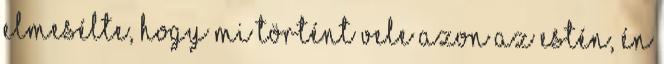
elmesélte, hogy mi történt vele azon az estén, én